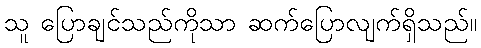
သူ ပြောချင်သည်ကိုသာ ဆက်ပြောလျက်ရှိသည်။